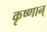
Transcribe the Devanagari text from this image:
कृष्णान्‌